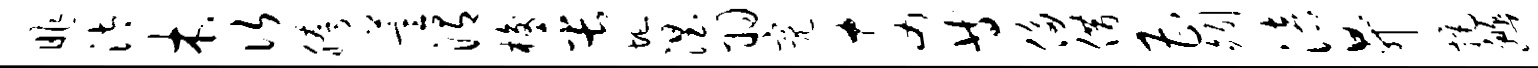
昨汰木次胯萱渭梭缶圮涅羽亮奈等侈借曹矧涪升拒豳